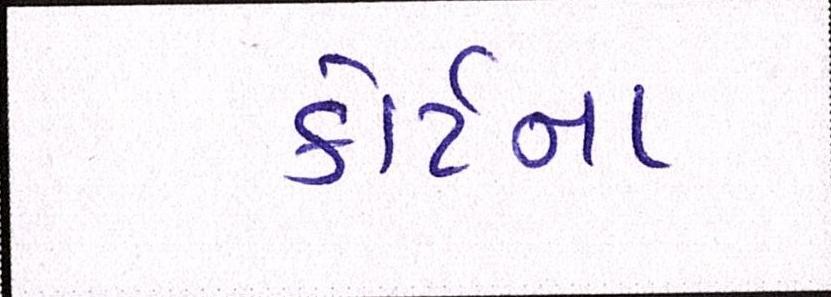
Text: કોર્ટના